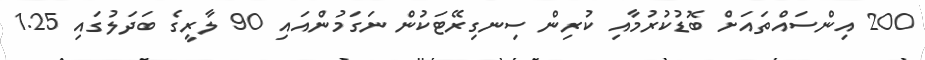
200 އިންސައްތައަށް ބޮޑުކުރުމާއި ކުރިން ސިނގިރޭޓަކުން ނަގަމުންއައި 90 ލާރީގެ ބަދަލުގައި 1.25